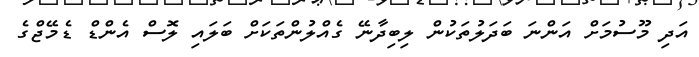
އަދި މޫސުމަށް އަންނަ ބަދަލުތަކުން ލިބިދާނޭ ގެއްލުންތަކަށް ބަލައި ލޮސް އެންޑް ޑެމޭޖްގެ